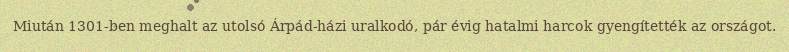
Miután 1301-ben meghalt az utolsó Árpád-házi uralkodó, pár évig hatalmi harcok gyengítették az országot.